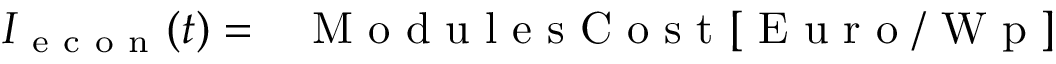
\begin{array} { r l } { I _ { \mathrm { ~ e ~ c ~ o ~ n ~ } } ( t ) = } & { { } \mathrm { ~ M ~ o ~ d ~ u ~ l ~ e ~ s ~ C ~ o ~ s ~ t ~ } [ \mathrm { ~ E ~ u ~ r ~ o ~ / ~ W ~ p ~ } ] } \end{array}